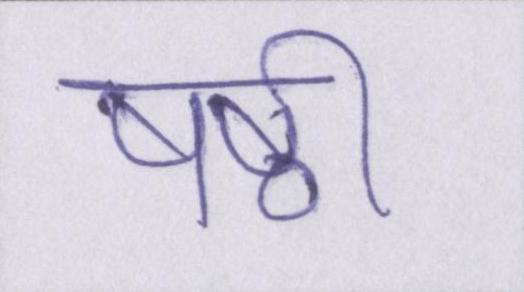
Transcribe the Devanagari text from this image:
षष्ठी